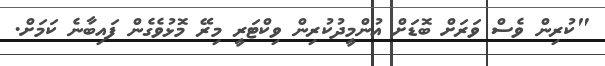
"ކުރިން ވެސް ވަރަށް ބޮޑަށް އުންމީދުކުރިން ވިކްޓަރީ މިރޭ މޮޅުވެގެން ފައިބާނެ ކަމަށް.